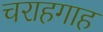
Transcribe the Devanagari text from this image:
चराहगाह